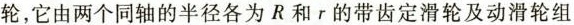
轮，它由两个同轴的半径各为R和r的带齿定滑轮及动滑轮组